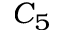
C _ { 5 }